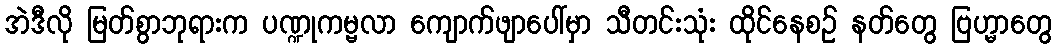
အဲဒီလို မြတ်စွာဘုရားက ပဏ္ဍုကမ္ဗလာ ကျောက်ဖျာပေါ်မှာ သီတင်းသုံး ထိုင်နေစဉ် နတ်တွေ ဗြဟ္မာတွေ